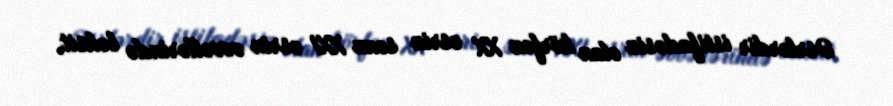
Əsrlərdir istifadəsiz olan körfəz XX əsrin sonu XXI əsrin əvvəllərində boksit,